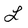
Character: L